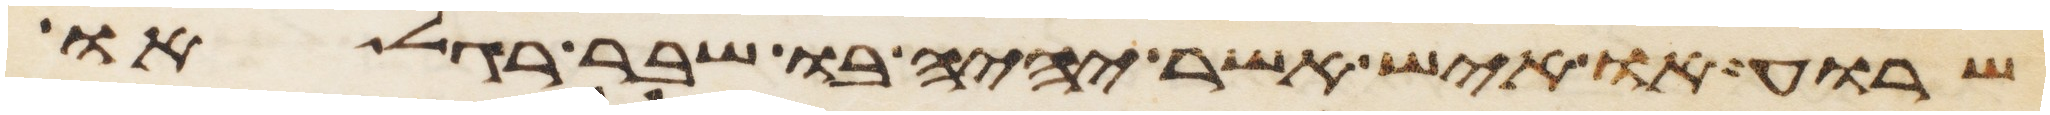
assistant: שרוע או איש אשר יהיה בו שבר רגל או